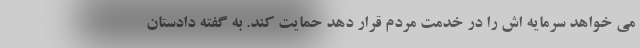
می خواهد سرمایه اش را در خدمت مردم قرار دهد حمایت کند. به گفته دادستان